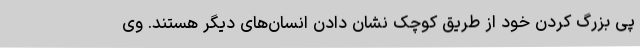
پی بزرگ کردن خود از طریق کوچک نشان دادن انسان‌های دیگر هستند. وی